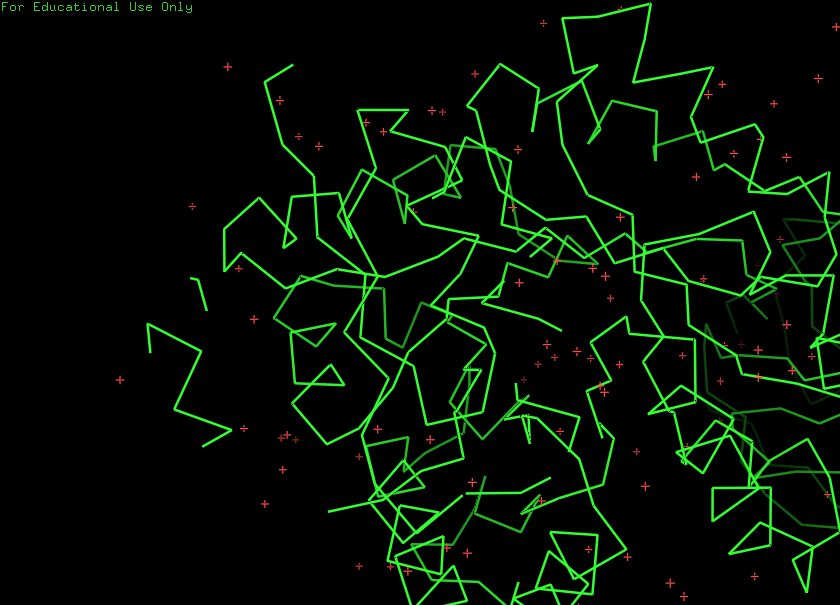
pymol, preset, simple